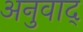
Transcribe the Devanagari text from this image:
अनुवाद्